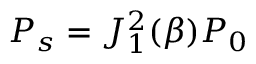
P _ { s } = J _ { 1 } ^ { 2 } ( \beta ) P _ { 0 }